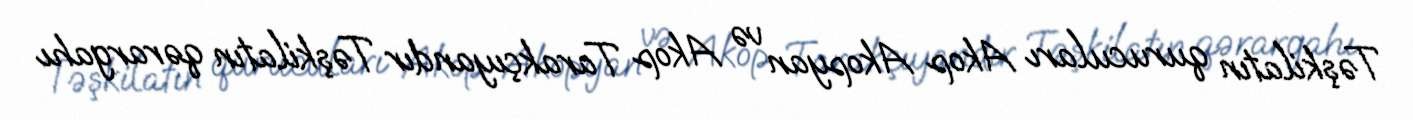
Təşkilatın qurucuları Akop Akopyan və Akop Tarakçıyandır Təşkilatın qərargahı